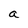
Character: a